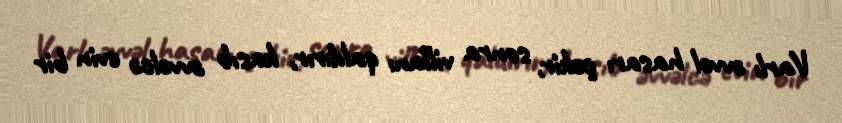
Varlı əvvəl hasarı çəkir, sonra villanı qaldırır, kasıb əvvəlcə evin bir